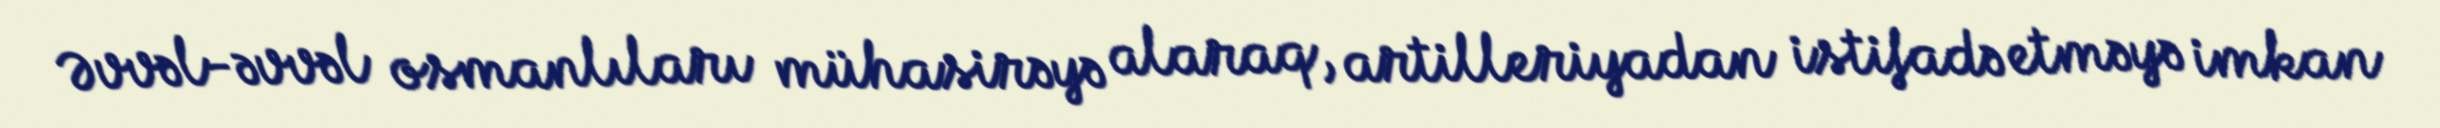
Əvvəl-əvvəl osmanlıları mühasirəyə alaraq, artilleriyadan istifadə etməyə imkan